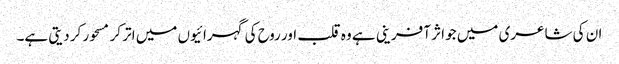
ان کی شاعری میں جو اثر آفرینی ہے وہ قلب اور روح کی گہرائیوں میں اتر کر مسحور کر دیتی ہے۔